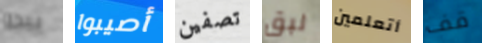
يبدو أصيبوا تصفين لبق أتعلمين قف